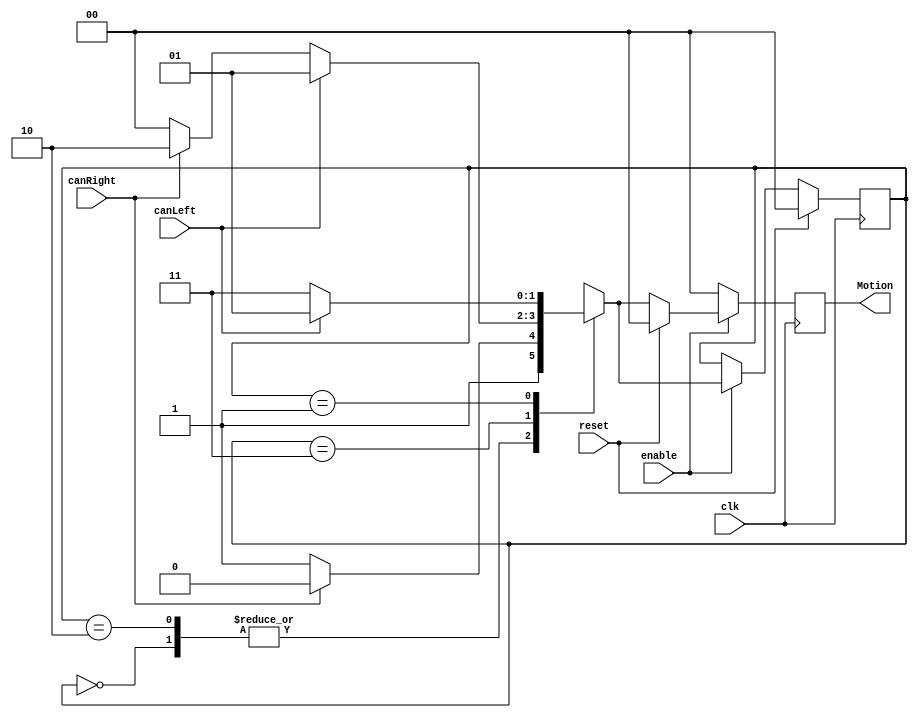
`timescale 1ns / 1ps
//////////////////////////////////////////////////////////////////////////////////
// Company: 
// Engineer: 
// 
// Design Name: 
// Module Name:    ZigZagAlien 
// Project Name: 
// Target Devices: 
// Tool versions: 
// Description: 
//
// Dependencies: 
//
// Revision: 
// Revision 0.01 - File Created
// Additional Comments: 
//
//////////////////////////////////////////////////////////////////////////////////
module ZigZagAlien(
    input clk,
    input reset,
    input enable,
    input canLeft,
    input canRight,
    output reg[1:0] Motion
    );

	parameter NO_MOTION = 0 ;
	parameter LEFT = 1 ;
	parameter RIGHT = 2 ;
	parameter DOWN = 3 ;
	
	reg [1:0] lastMotion;

	always @(posedge clk) begin
	  	if (reset) begin 
	  		Motion <= NO_MOTION;
		  	lastMotion <= NO_MOTION;
	  	end
	  	else begin 
		   if (enable) begin 
				case (lastMotion)
					NO_MOTION: if (canRight) begin
									 Motion <= RIGHT;
									 lastMotion <= RIGHT;
								end 
						   		else begin 
									Motion <= DOWN;
									lastMotion <= DOWN;
								end 
					RIGHT:     if (~canRight) begin 
									 Motion <= DOWN;
									 lastMotion <= DOWN;
								end
								else begin 
									Motion <= RIGHT;
									lastMotion <= RIGHT;
								end 
					DOWN:      if (canLeft) begin 
									Motion <= LEFT;
									lastMotion <= LEFT;
								end 
							    else if (canRight) begin 
									Motion <= RIGHT;
									lastMotion <= RIGHT;
								end 
								else begin 
									 Motion <= NO_MOTION;
									 lastMotion <= NO_MOTION;
								end 
					LEFT:      if (~canLeft) begin 
									Motion <= DOWN;
									lastMotion <= DOWN;
								end
								else begin 
									Motion <= LEFT;
									lastMotion <= LEFT;
								end 
				endcase
			end 
			else Motion <= NO_MOTION;
		end 
		if (enable == 0) Motion <= NO_MOTION;
	end
			
endmodule